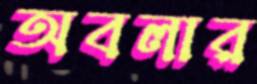
অবলার